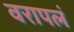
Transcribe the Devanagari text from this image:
वरापलं